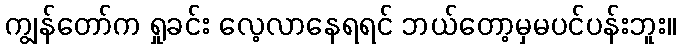
ကျွန်တော်က ရှုခင်း လေ့လာနေရရင် ဘယ်တော့မှမပင်ပန်းဘူး။